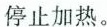
停止加热。